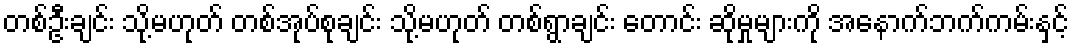
တစ်ဦးချင်း သို့မဟုတ် တစ်အုပ်စုချင်း သို့မဟုတ် တစ်ရွာချင်း တောင်း ဆိုမှုများကို အနောက်ဘက်ကမ်းနှင့်